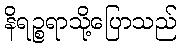
နိရဉ္စရာသို့ပြောသည်